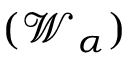
( { \small { \mathscr W } } _ { \alpha } )